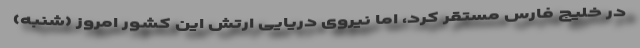
در خلیج فارس مستقر کرد، اما نیروی دریایی ارتش این کشور امروز (شنبه)